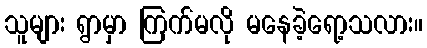
သူများ ရွာမှာ ကြက်မလို မနေခဲ့ရော့သလား။